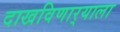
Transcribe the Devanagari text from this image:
दाखविणार्‍याला